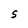
Character: S